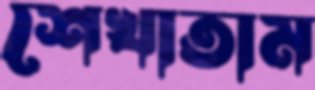
শেখাতাম